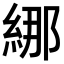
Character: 𦀨